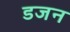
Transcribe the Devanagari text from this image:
डजन